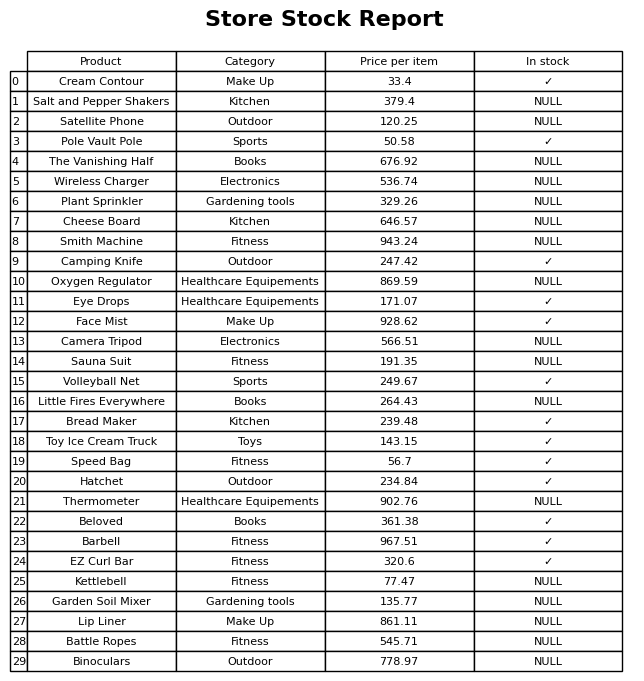
question: What is the price of the Wireless Charger?
answer: The price of Wireless Charger is 536.74.